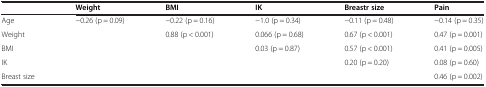
|  | Weight | BMI | IK | Breastr size | Pain |
 | --- | --- | --- | --- | --- | --- |
 | Age | −0.26 (p = 0.09) | −0.22 (p = 0.16) | −1.0 (p = 0.34) | −0.11 (p = 0.48) | −0.14 (p = 0.35) |
 | Weight |  | 0.88 (p < 0.001) | 0.066 (p = 0.68) | 0.67 (p < 0.001) | 0.47 (p = 0.001) |
 | BMI |  |  | 0.03 (p = 0.87) | 0.57 (p < 0.001) | 0.41 (p = 0.005) |
 | IK |  |  |  | 0.20 (p = 0.20) | 0.08 (p = 0.60) |
 | Breast size |  |  |  |  | 0.46 (p = 0.002) |